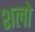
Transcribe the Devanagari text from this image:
शलो